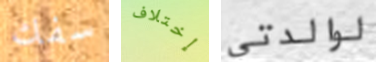
سفك إختلاف لوالدتي